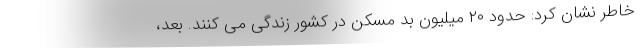
خاطر نشان کرد: حدود ۲۰ میلیون بد مسکن در کشور زندگی می کنند. بعد،